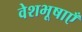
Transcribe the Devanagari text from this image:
वेशभूषाएँ